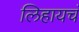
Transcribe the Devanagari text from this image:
लिहायचं